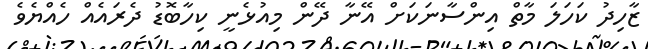
ޒާހިދު ކަހަލަ މާތް އިންސާނަކަށް އޭނާ ދޭން މިއުޅެނީ ކިހާބޮޑު ދެރައެއް ހެއްޔެވެ